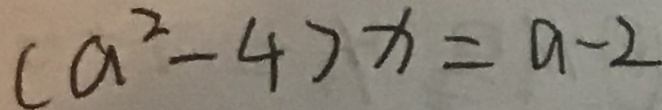
( a ^ { 2 } - 4 ) x = a - 2